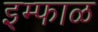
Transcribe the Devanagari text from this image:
इम्फाळ